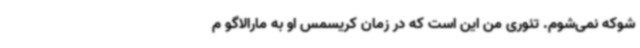
شوکه نمی‌شوم. تئوری من این است که در زمان کریسمس او به مارالاگو م